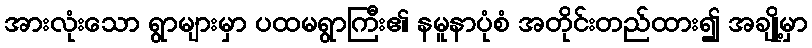
အားလုံးသော ရွာများမှာ ပထမရွာကြီး၏ နမူနာပုံစံ အတိုင်းတည်ထား၍ အချို့မှာ